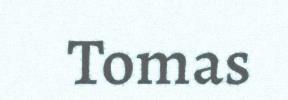
Tomas